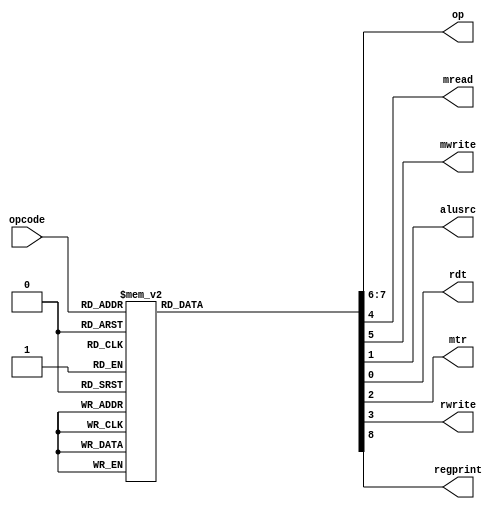
module control(opcode,op,mread,mwrite,alusrc,rdt,mtr,rwrite,regprint);
input[5:0] opcode;
output reg[1:0] op;
output reg mread,mwrite,alusrc,rdt,mtr,rwrite,regprint;

always@(*)
begin
	case(opcode)
	6'b100000: //mvi
	 begin
		rdt = 1'b0;
		alusrc = 1'b1;
		mtr = 1'b0;
		rwrite = 1'b1;
		mread = 1'b0;
		mwrite = 1'b0;
		op = 2'b10;
		regprint = 1'b0;
	 end
	6'b100001: //mov
	 begin
		rdt = 1'b0;
		alusrc = 1'b0;
		mtr = 1'b0;
		rwrite = 1'b1;
		mread = 1'b0;
		mwrite = 1'b0;
		op = 2'b10;
		regprint = 1'b0;
	 end
	6'b100010: //load
	 begin
		rdt = 1'b0;
		alusrc = 1'b0;
		mtr = 1'b1;
		rwrite = 1'b1;
		mread = 1'b1;
		mwrite = 1'b0;
		op = 2'b10;
		regprint = 1'b0;
	 end
	6'b100011: //store
	 begin
		rdt = 1'b0;
		alusrc = 1'b0;
		mtr = 1'b0;
		rwrite = 1'b0;
		mread = 1'b0;
		mwrite = 1'b1;
		op = 2'b10;
		regprint = 1'b0;
	 end
	6'b010000: //add
	 begin
		rdt = 1'b1;
		alusrc = 1'b0;
		mtr = 1'b0;
		rwrite = 1'b1;
		mread = 1'b0;
		mwrite = 1'b0;
		op = 2'b01;
		regprint = 1'b0;
	 end
	6'b010001: //sub
	 begin
		rdt = 1'b1;
		alusrc = 1'b0;
		mtr = 1'b0;
		rwrite = 1'b1;
		mread = 1'b0;
		mwrite = 1'b0;
		op = 2'b01;
		regprint = 1'b0;
	 end
	6'b010010: //mul
	 begin
		rdt = 1'b1;
		alusrc = 1'b0;
		mtr = 1'b0;
		rwrite = 1'b1;
		mread = 1'b0;
		mwrite = 1'b0;
		op = 2'b01;
		regprint = 1'b0;
	 end
	6'b010011: //div
	 begin
		rdt = 1'b1;
		alusrc = 1'b0;
		mtr = 1'b0;
		rwrite = 1'b1;
		mread = 1'b0;
		mwrite = 1'b0;
		op = 2'b01;
		regprint = 1'b0;
	 end
	6'b010100: //shl
	 begin
		rdt = 1'b1;
		alusrc = 1'b0;
		mtr = 1'b0;
		rwrite = 1'b1;
		mread = 1'b0;
		mwrite = 1'b0;
		op = 2'b01;
		regprint = 1'b0;
	 end
	6'b010101: //shr
	 begin
		rdt = 1'b1;
		alusrc = 1'b0;
		mtr = 1'b0;
		rwrite = 1'b1;
		mread = 1'b0;
		mwrite = 1'b0;
		op = 2'b01;
		regprint = 1'b0;
	 end
	6'b010110: //rol
	 begin
		rdt = 1'b1;
		alusrc = 1'b0;
		mtr = 1'b0;
		rwrite = 1'b1;
		mread = 1'b0;
		mwrite = 1'b0;
		op = 2'b01;
		regprint = 1'b0;
	 end
	6'b010111: //not
	 begin
		rdt = 1'b1;
		alusrc = 1'b0;
		mtr = 1'b0;
		rwrite = 1'b1;
		mread = 1'b0;
		mwrite = 1'b0;
		op = 2'b01;
		regprint = 1'b0;
	 end
	6'b011000: //and
	 begin
		rdt = 1'b1;
		alusrc = 1'b0;
		mtr = 1'b0;
		rwrite = 1'b1;
		mread = 1'b0;
		mwrite = 1'b0;
		op = 2'b01;
		regprint = 1'b0;
	 end
	6'b011001: //or
	 begin
		rdt = 1'b1;
		alusrc = 1'b0;
		mtr = 1'b0;
		rwrite = 1'b1;
		mread = 1'b0;
		mwrite = 1'b0;
		op = 2'b01;
		regprint = 1'b0;
	 end
	6'b011010: //nand
	 begin
		rdt = 1'b1;
		alusrc = 1'b0;
		mtr = 1'b0;
		rwrite = 1'b1;
		mread = 1'b0;
		mwrite = 1'b0;
		op = 2'b01;
		regprint = 1'b0;
	 end
	6'b011011: //nor
	 begin
		rdt = 1'b1;
		alusrc = 1'b0;
		mtr = 1'b0;
		rwrite = 1'b1;
		mread = 1'b0;
		mwrite = 1'b0;
		op = 2'b01;
		regprint = 1'b0;
	 end
	6'b011100: //xor
	 begin
		rdt = 1'b1;
		alusrc = 1'b0;
		mtr = 1'b0;
		rwrite = 1'b1;
		mread = 1'b0;
		mwrite = 1'b0;
		op = 2'b01;
		regprint = 1'b0;
	 end
	6'b011101: //xnor
	 begin
		rdt = 1'b1;
		alusrc = 1'b0;
		mtr = 1'b0;
		rwrite = 1'b1;
		mread = 1'b0;
		mwrite = 1'b0;
		op = 2'b01;
		regprint = 1'b0;
	 end
	6'b011110: //gr
	 begin
		rdt = 1'b1;
		alusrc = 1'b0;
		mtr = 1'b0;
		rwrite = 1'b1;
		mread = 1'b0;
		mwrite = 1'b0;
		op = 2'b01;
		regprint = 1'b0;
	 end
	6'b011111: //eq
	 begin
		rdt = 1'b1;
		alusrc = 1'b0;
		mtr = 1'b0;
		rwrite = 1'b1;
		mread = 1'b0;
		mwrite = 1'b0;
		op = 2'b01;
		regprint = 1'b0;
	 end
	6'b111111: //hlt
	 begin
		rdt = 1'b1;
		alusrc = 1'b0;
		mtr = 1'b0;
		rwrite = 1'b1;
		mread = 1'b0;
		mwrite = 1'b0;
		op = 2'b01;
		regprint = 1'b1;
	 end
	default:
	 begin
		rdt = 1'b1;
		alusrc = 1'b0;
		mtr = 1'b0;
		rwrite = 1'b1;
		mread = 1'b0;
		mwrite = 1'b0;
		op = 2'b01;
		regprint = 1'b0;
	 end
	endcase
end

endmodule